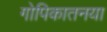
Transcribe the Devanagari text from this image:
गोपिकातनया